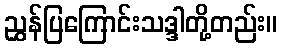
ညွှန်ပြကြောင်းသဒ္ဒါတို့တည်း။